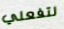
لتفعلي